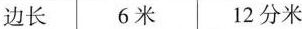
边长 6米 12分米